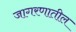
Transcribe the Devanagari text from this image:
जागरणातील